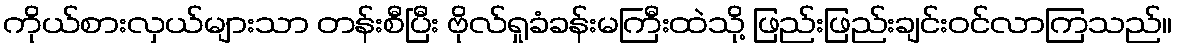
ကိုယ်စားလှယ်များသာ တန်းစီပြီး ဗိုလ်ရှုခံခန်းမကြီးထဲသို့ ဖြည်းဖြည်းချင်းဝင်လာကြသည်။